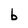
Character: b